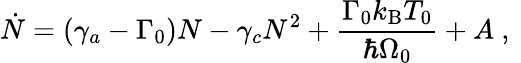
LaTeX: \dot{N}=\left(\gamma_{a}-\Gamma_{0}\right)N-\gamma_{c}N^{2}+\frac{\Gamma_{0}k_{\mathrm{B}}T_{0}}{\hbar\Omega_{0}}+A\mathrm{~,~}